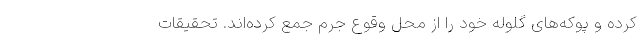
کرده و پوکه‌های گلوله خود را از محل وقوع جرم جمع کرده‌اند. تحقیقات